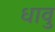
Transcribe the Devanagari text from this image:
धावु